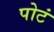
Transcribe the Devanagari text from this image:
पोटं